Civil Veterinary Department. Madras. Admin. report 1910-25 - 1910-1925
Year: 1910
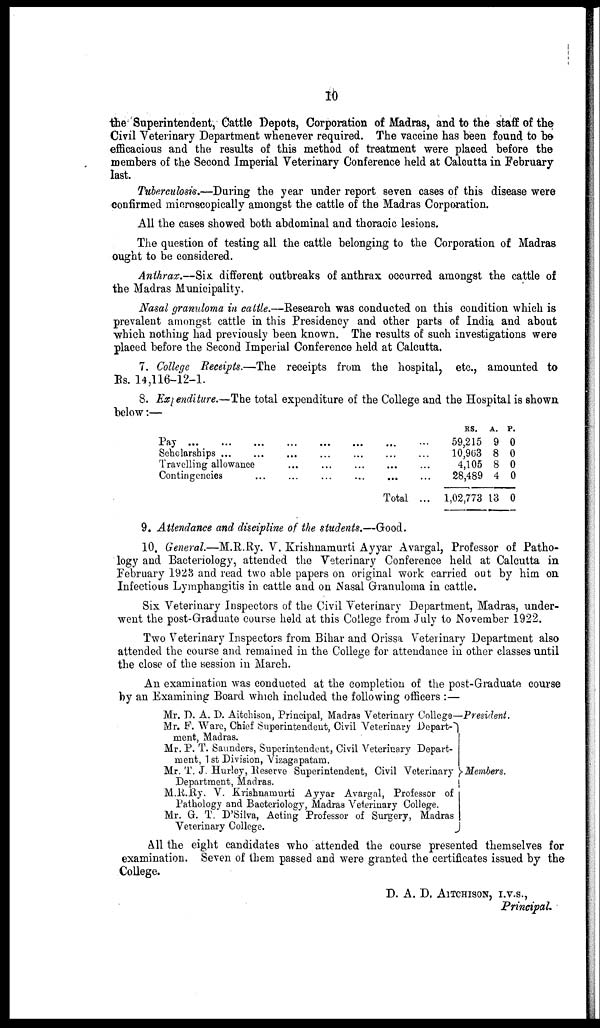
10
the Superintendent, Cattle Depots, Corporation of Madras, and to the staff of the
Civil Veterinary Department whenever required. The vaccine has been found to be
efficacious and the results of this method of treatment were placed before the
members of the Second Imperial Veterinary Conference held at Calcutta in February
last.
Tuberculosis.—During the year under report seven cases of this disease were
confirmed microscopically amongst the cattle of the Madras Corporation.
All the cases showed both abdominal and thoracic lesions.
The question of testing all the cattle belonging to the Corporation of Madras
ought to be considered.
Anthrax.—Six. different outbreaks of anthrax occurred amongst the cattle of
the Madras Municipality.
Nasal granuloma in cattle.—Research was conducted on this condition which is
prevalent amongst cattle in this Presidency and other parts of India and about
which nothing had previously been known. The results of such investigations were
placed before the Second Imperial Conference held at Calcutta.
7. College Receipts.—The receipts from the hospital, etc., amounted to
Rs. 14,116-12-1.
8. Expenditure.—The total expenditure of the College and the Hospital is shown
below:—
Pay...
...
...
...
Scholarships ... ... ...
Travelling allowance ...
Contingencies ... ...
... ... ... ... ...
... ... ... ... ...
... ... ... ... ...
... ... ... ... ...
Total ...
RS.
A. P.
59,215 9 0
10,963 8 0
4,105 8 0
28,489 4 0
1,02,773 13 0
9. Attendance and discipline of the students.—Good.
10. General.—M.R.Ry. V. Krishnamurti Ayyar Avargal, Professor of Patho-
logy and Bacteriology, attended the Veterinary Conference held at Calcutta in
February 1923 and read two able papers on original work carried out by him on
Infectious Lymphangitis in cattle and on Nasal Granuloma in cattle.
Six Veterinary Inspectors of the Civil Veterinary Department, Madras, under-
went the post-Graduate course held at this College from July to November 1922.
Two Veterinary Inspectors from Bihar and Orissa Veterinary Department also
attended the course and remained in the College for attendance in other classes until
the close of the session in March.
An examination was conducted at the completion of the post-Graduate course
by an Examining Board which included the following officers :—
Mr. D. A. D. Aitchison, Principal, Madras Veterinary College—President.
Mr. F. Ware, Chief Superintendent, Civil Veterinary Depart-
ment, Madras.
Mr. P. T. Saunders, Superintendent, Civil Veterinary Depart-
ment, 1st Division, Vizagapatam.
Mr. T. J. Hurley, Reserve Superintendent, Civil Veterinary
Department, Madras.
M.R.By. V. Krishnamurti Ayyar Avargal, Professor of
Pathology and Bacteriology, Madras Veterinary College.
Mr. G. T. D'Silva, Acting Professor of Surgery, Madras
Veterinary College.
Members.
All the eight candidates who attended the course presented themselves for
examination. Seven of them passed and were granted the certificates issued by the
College.
D. A. D. AITCHISON, I.V.S.,
Principal.